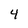
Character: 4